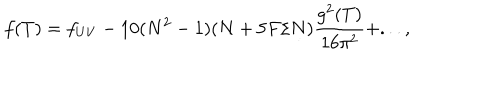
f ( T ) = f _ { U V } - 1 0 ( N ^ { 2 } - 1 ) ( N + 5 F / N ) \frac { g ^ { 2 } ( T ) } { 1 6 \pi ^ { 2 } } + . . . ,